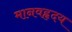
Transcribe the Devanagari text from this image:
मानवहृदय